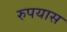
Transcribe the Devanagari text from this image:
रुपयास